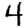
Digit: 4